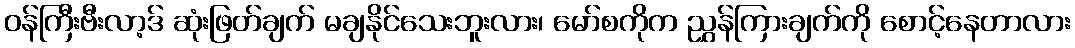
ဝန်ကြီးဗီးလာ့ဒ် ဆုံးဖြတ်ချက် မချနိုင်သေးဘူးလား၊ မော်စကိုက ညွှန်ကြားချက်ကို စောင့်နေတာလား